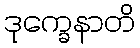
ဒုက္ခေနာတိ